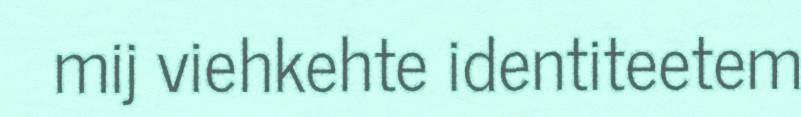
mij viehkehte identiteetem